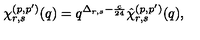
\chi _ { r , s } ^ { ( p , p ^ { \prime } ) } ( q ) = q ^ { \Delta _ { r , s } - \frac { c } { 2 4 } } \hat { \chi } _ { r , s } ^ { ( p , p ^ { \prime } ) } ( q ) ,